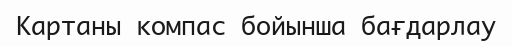
Картаны компас бойынша бағдарлау